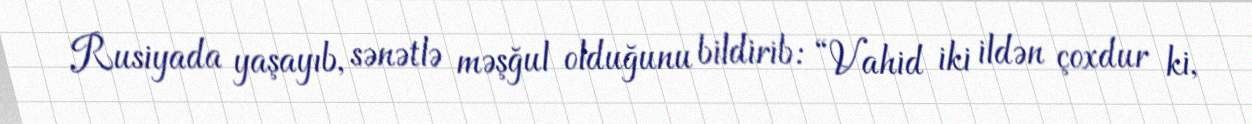
Rusiyada yaşayıb, sənətlə məşğul olduğunu bildirib: “Vahid iki ildən çoxdur ki,